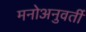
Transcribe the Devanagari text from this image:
मनोअनुवर्ती